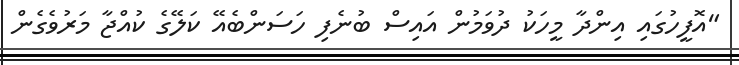
"އޮފީހުގައި އިންދާ މީހަކު ދުވަމުން އައިސް ބުނެފި ހަސަންބެއޭ ކަލޭގެ ކުއްޖާ މަރުވެގެން